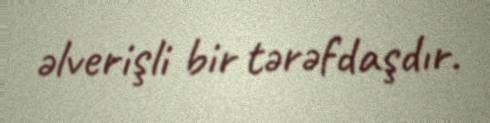
əlverişli bir tərəfdaşdır.